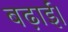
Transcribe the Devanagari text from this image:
बढ़ाईं।